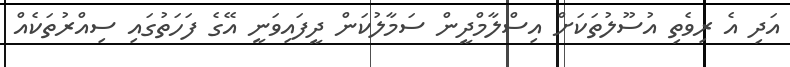
އަދި އެ ރިވެތި އުސޫލުތަކަށް އިސްލާމްދީން ސަމާލުކަން ދީފައިވަނީ އޭގެ ފަހަތުގައި ސިއްރުތަކެއް